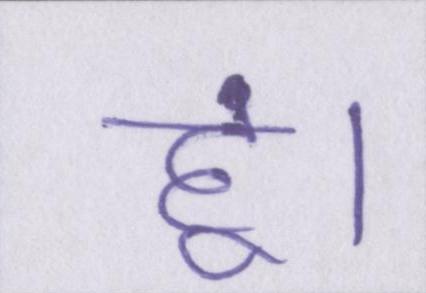
हूं।